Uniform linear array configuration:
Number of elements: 8
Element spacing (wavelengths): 1
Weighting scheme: uniform
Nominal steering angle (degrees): -60
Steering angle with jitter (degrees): -59.906
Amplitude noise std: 0.05
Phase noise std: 0.05

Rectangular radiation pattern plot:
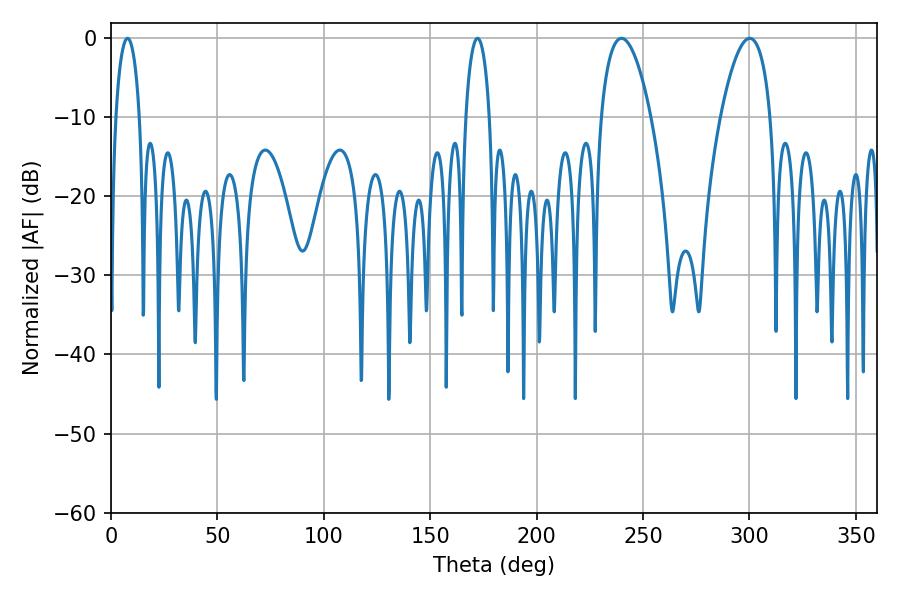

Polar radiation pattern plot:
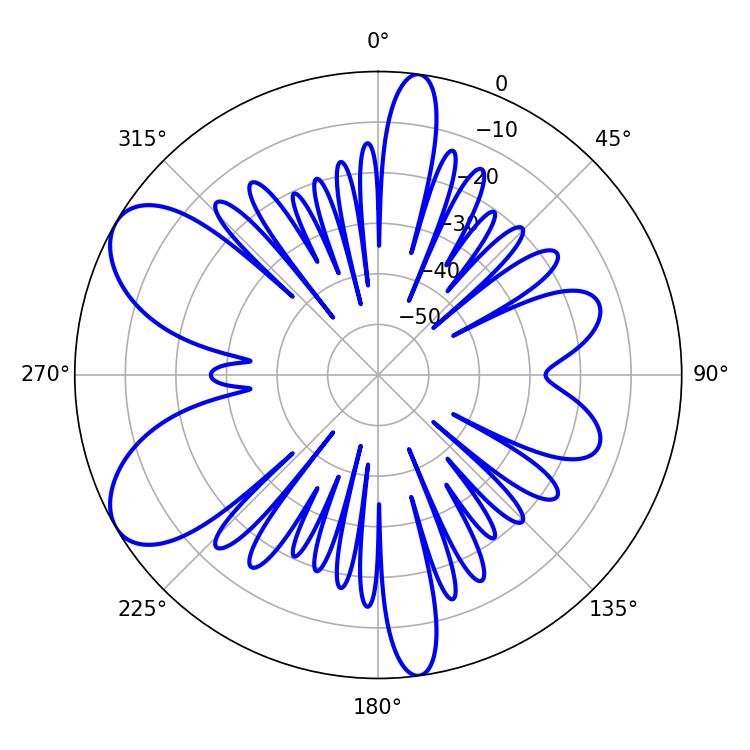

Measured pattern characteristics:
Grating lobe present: TRUE
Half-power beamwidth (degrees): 6.48
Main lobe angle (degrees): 7.74